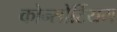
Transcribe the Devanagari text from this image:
कोन्सोर्टियम